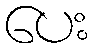
ပေး